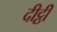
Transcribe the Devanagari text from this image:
दीट्ठी